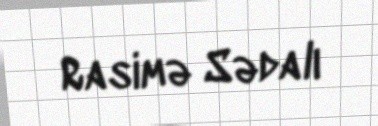
Rasimə Sədalı